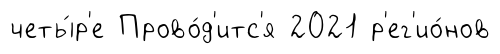
четы́р'е Прово́д'итс'я 2021 р'ег'ио́нов